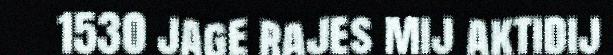
1530 jage rajes mij aktidij